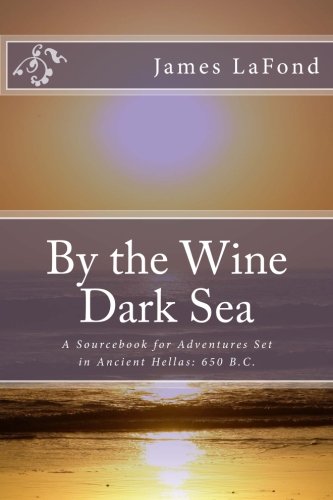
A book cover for By the Wine Dark Sea: A Sourcebook for Adventures Set in Ancient Hellas: 650 B.C.; James LaFond; History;